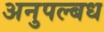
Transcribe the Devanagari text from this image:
अनुपल्बध